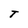
Character: T